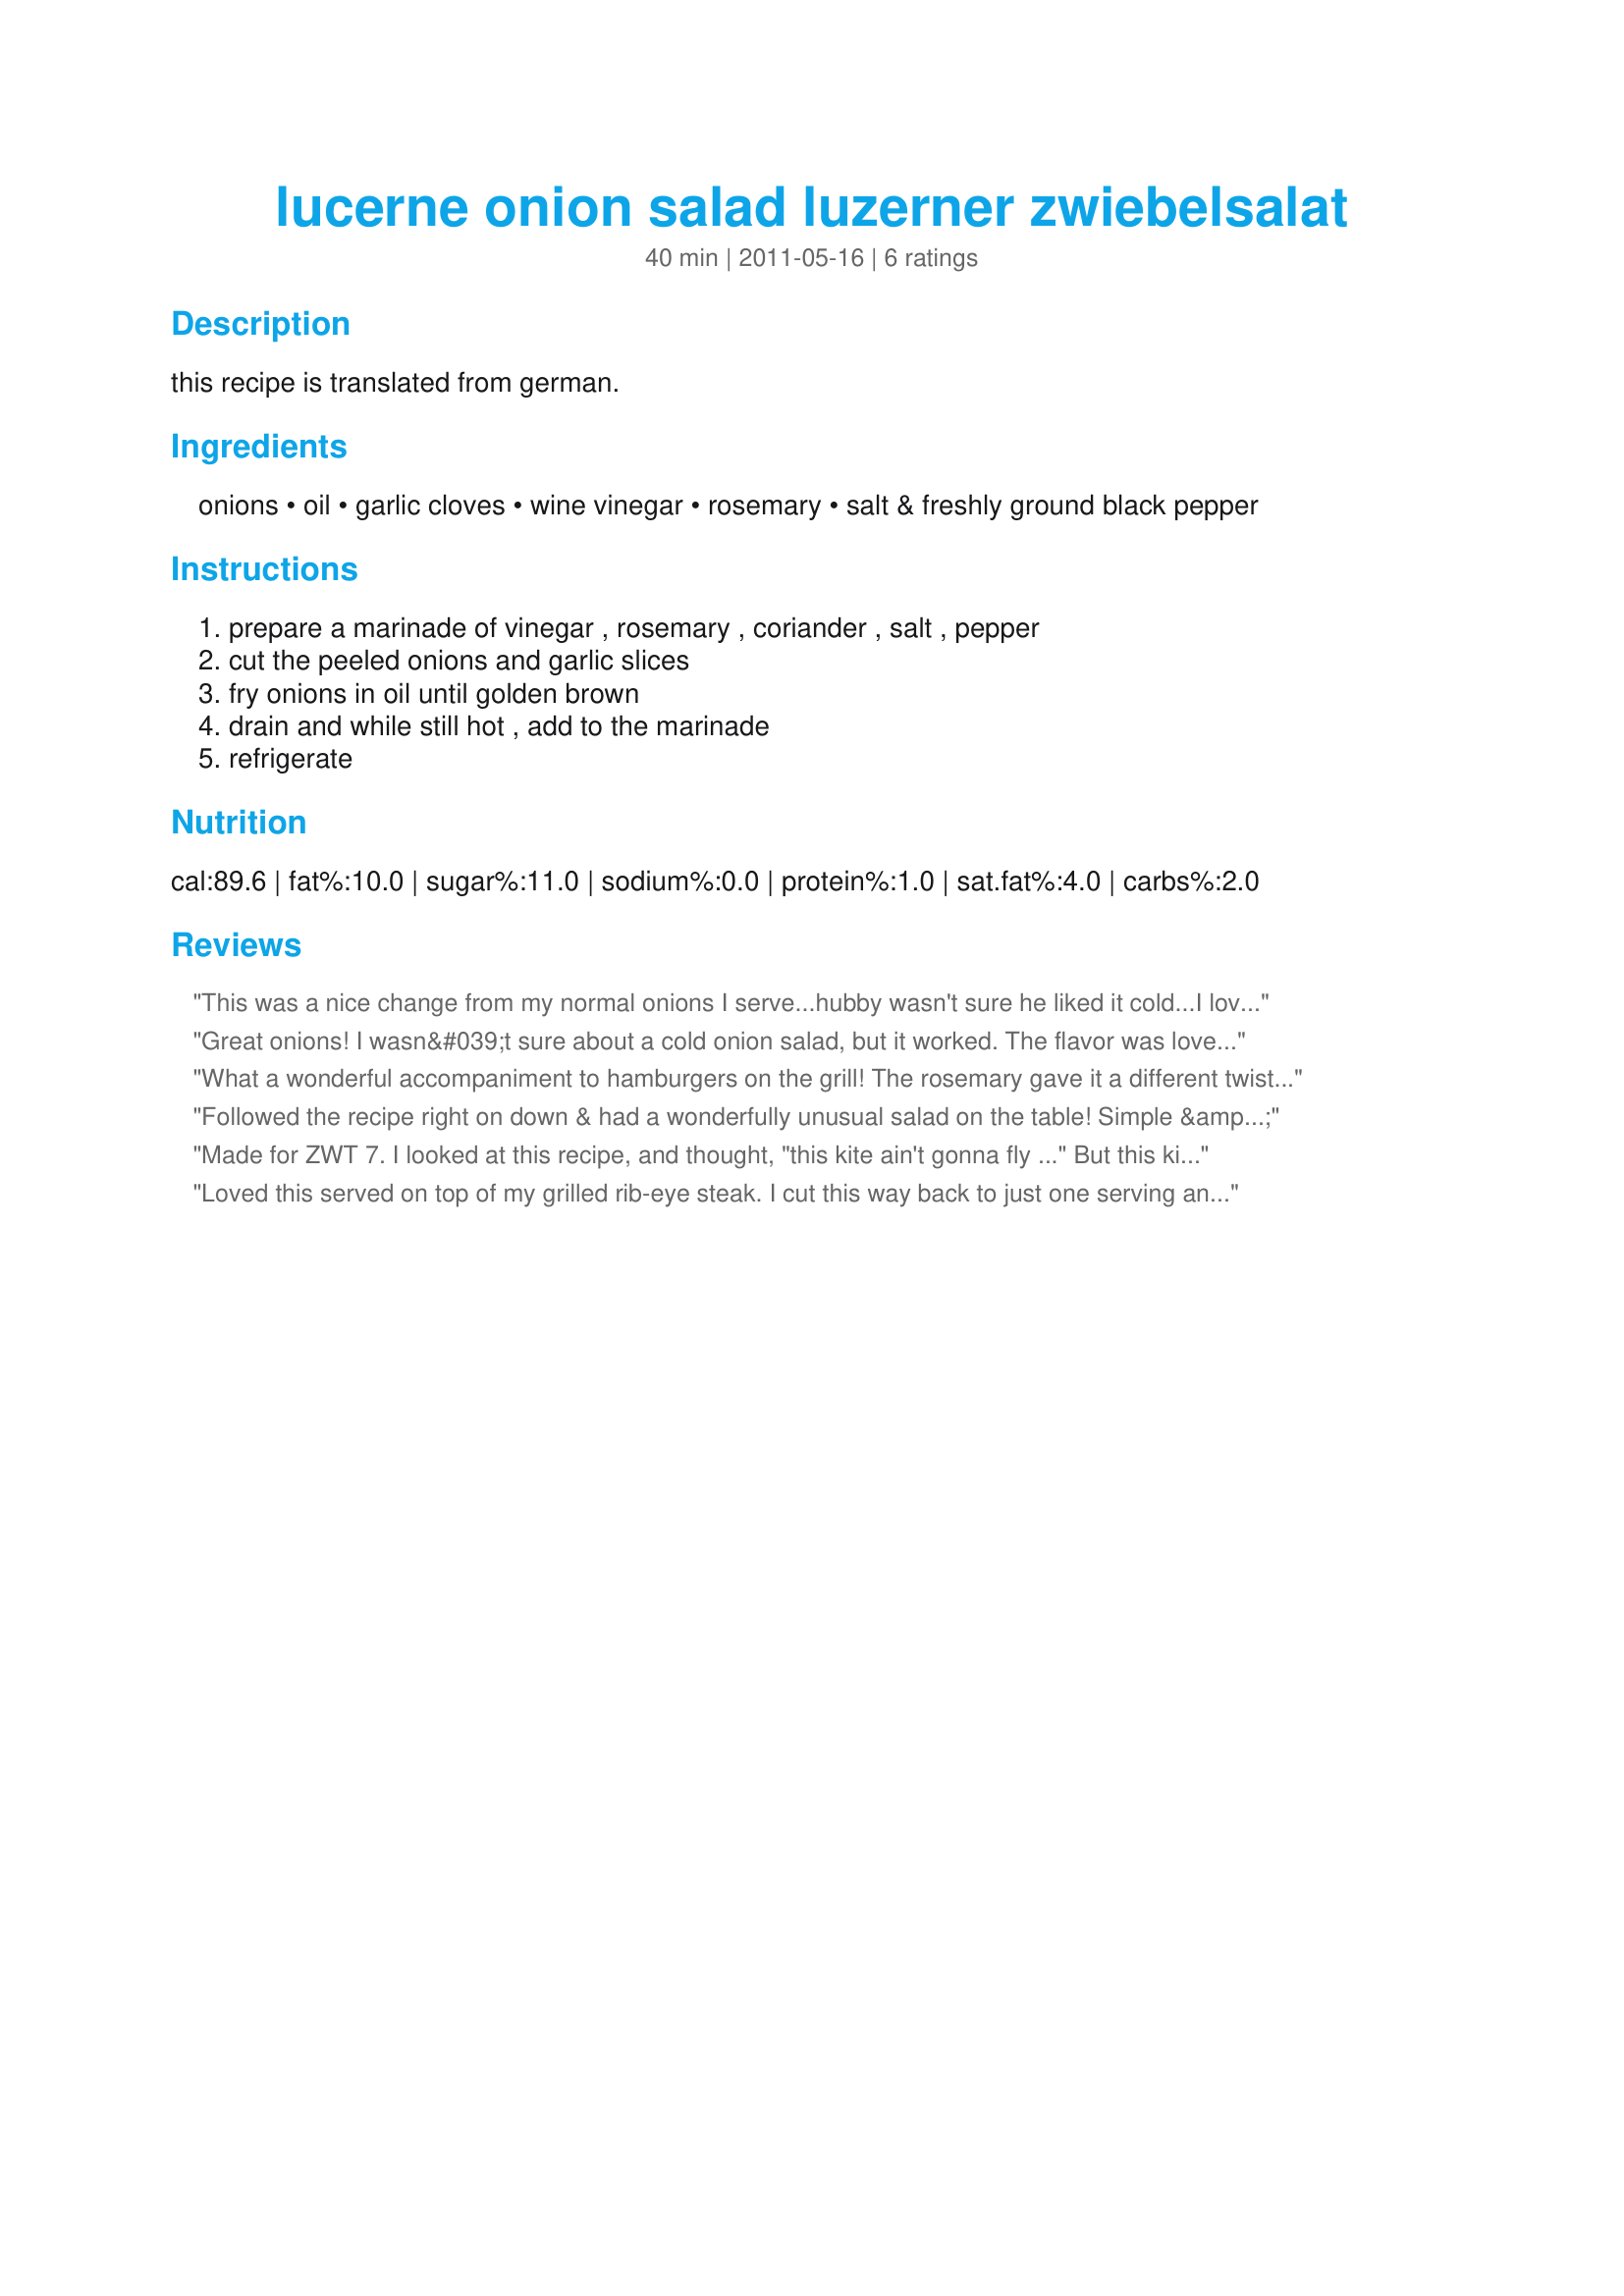
lucerne onion salad luzerner zwiebelsalat
Preparation time: 40 minutes

this recipe is translated from german.

Ingredients:
onions, oil, garlic cloves, wine vinegar, rosemary, salt & freshly ground black pepper

Steps:
prepare a marinade of vinegar , rosemary , coriander , salt , pepper, cut the peeled onions and garlic slices, fry onions in oil until golden brown, drain and while still hot , add to the marinade, refrigerate

Reviews:
This was a nice change from my normal onions I serve...hubby wasn't sure he liked it cold...I loved the rosemary taste...I really couldn't taste the coriander so next time I will add more...This is easy to prepare but like all sauteed onions it takes awhile to cook...thanks for posting it...:)
Great onions! I wasn&#039;t sure about a cold onion salad, but it worked. The flavor was lovely, and it was very easy to do. Thanks for sharing! CQ2
What a wonderful accompaniment to hamburgers on the grill! The rosemary gave it a different twist. Easy to make, too! Made for LBOB/CQ2015
Followed the recipe right on down & had a wonderfully unusual salad on the table! Simple & tasty, & that makes the recipe a keeper! Thanks for sharing it! [Tagged & made in Please Review My Recipe]
Made for ZWT 7. I looked at this recipe, and thought, "this kite ain't gonna fly ..." But this kite DID fly!! The surprise was to fry the onions, which of course made all the difference. I fried them in butter. I confess, I did not use "small onions", merely sliced 2 medium onions and fried them. I added a pinch of sugar (have a DH who hates anything too acidic -- yikes from me). This Salat would be ideal, maybe the recipe multiplied, with outside-grilled meats.
Loved this served on top of my grilled rib-eye steak. I cut this way back to just one serving and used minced garlic, as it was what I had on hand. I waited til the onions were very soft and starting to brown before adding the garlic, so it wouldn&#039;t get to well done and bitter. I am not a fan of rosemary, but am trying to increase my tolerance for it, so I just added a small sprinkle. I could taste it, but it wasn&#039;t overpowering. I added the marinade once the onions were done, but didn&#039;t bother to chill it, just served it luke warm/cool. Thanks for sharing the recipe. Made for Culinary Quest 2015.
